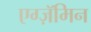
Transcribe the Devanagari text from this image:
एग्ज़ॅमिन